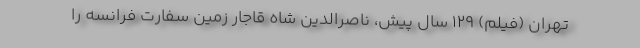
تهران (فیلم) 129 سال پیش، ناصرالدین شاه قاجار زمین سفارت فرانسه را